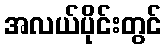
အလယ်ပိုင်းတွင်